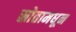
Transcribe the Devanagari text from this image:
स्रोतामधून